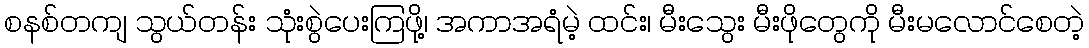
စနစ်တကျ သွယ်တန်း သုံးစွဲပေးကြဖို့၊ အကာအရံမဲ့ ထင်း၊ မီးသွေး မီးဖိုတွေကို မီးမလောင်စေတဲ့